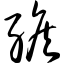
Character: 缑